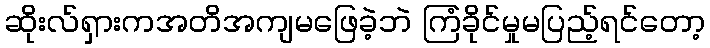
ဆိုးလ်ရှားကအတိအကျမဖြေခဲ့ဘဲ ကြံခိုင်မှုမပြည့်ရင်တော့